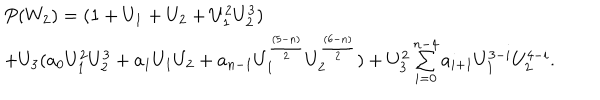
\begin{array} { l c r } { { P ( W _ { 2 } ) = ( 1 + U _ { 1 } + U _ { 2 } + U _ { 1 } ^ { 2 } U _ { 2 } ^ { 3 } ) } } \\ { { + U _ { 3 } ( a _ { 0 } U _ { 1 } ^ { 2 } U _ { 2 } ^ { 3 } + a _ { 1 } U _ { 1 } U _ { 2 } + a _ { n - 1 } U _ { 1 } ^ { { \frac { ( 5 - n ) } { 2 } } } U _ { 2 } ^ { { \frac { ( 6 - n ) } { 2 } } } ) + U _ { 3 } ^ { 2 } \sum _ { i = 0 } ^ { n - 4 } a _ { i + 1 } U _ { 1 } ^ { 3 - i } U _ { 2 } ^ { 4 - i } . } } \\ \end{array}